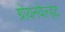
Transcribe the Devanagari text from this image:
ग्रोयनवेल्ड्ट